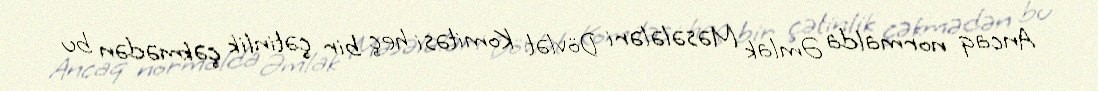
Ancaq normalda Əmlak Məsələləri Dövlət Komitəsi heç bir çətinlik çəkmədən bu